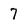
Character: 7